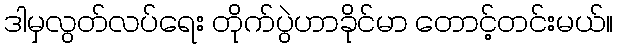
ဒါမှလွတ်လပ်ရေး တိုက်ပွဲဟာခိုင်မာ တောင့်တင်းမယ်။